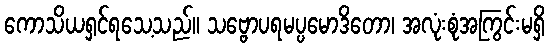
ကောသိယရှင်ရသေ့သည်။ သဗ္ဗောပရမပ္ပမောဒိတော၊ အလုံးစုံအကြွင်းမရှိ